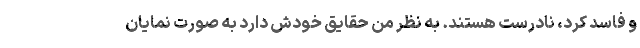
و فاسد کرد، نادرست هستند. به نظر من حقایق خودش دارد به صورت نمایان